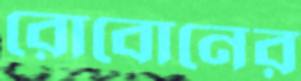
রোবোনের